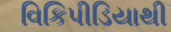
વિકિપીડિયાથી